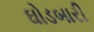
ઘોડબારી